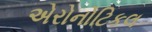
એરોનોટિકલ